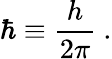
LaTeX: \hbar\equiv{\frac{h}{2\pi}}~.